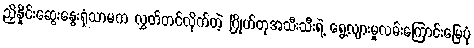
ညှိနှိုင်းဆွေးနွေးရုံသာမက လွှတ်တင်လိုက်တဲ့ ဂြိုဟ်တုအသီးသီးရဲ့ ရွေ့လျားမှုလမ်းကြောင်းမြေပုံ